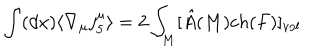
LaTeX: \int ( d x ) \langle \nabla _ { \mu } j _ { 5 } ^ { \mu } \rangle = 2 \int _ { M } [ \hat { A } ( M ) c h ( F ) ] _ { v o l }